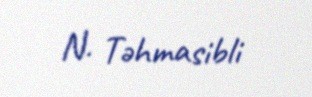
N. Təhmasibli